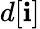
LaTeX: d[\mathbf{i}]